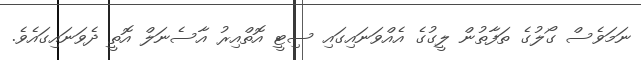
ނަމަވެސް ގޯލުގެ ތަފާތުން ލީގުގެ އެއްވަނައިގައި ސިޓީ އޮތްއިރު އާސެނަލް އޮތީ ދެވަނައިގައެވެ.